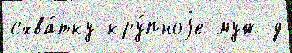
схва́тку кру́пноjе муж д